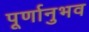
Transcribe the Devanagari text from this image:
पूर्णानुभव